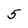
Character: 5